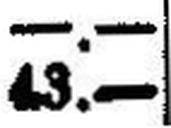
43.—